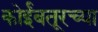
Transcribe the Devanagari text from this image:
कोईंबतूरच्या